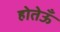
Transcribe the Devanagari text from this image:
होतेऊँ